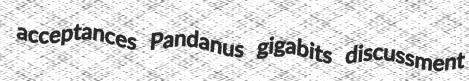
acceptances Pandanus gigabits discussment